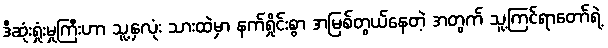
ဒီဆုံးရှုံးမှုကြီးဟာ သူ့နှလုံး သားထဲမှာ နက်ရှိုင်းစွာ အမြစ်တွယ်နေတဲ့ အတွက် သူ့ကြင်ရာတော်ရဲ့